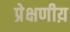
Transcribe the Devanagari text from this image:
प्रेक्षणीय़